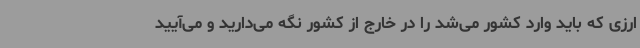
ارزی که باید وارد کشور می‌شد را در خارج از کشور نگه می‌دارید و می‌آیید